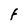
Character: F